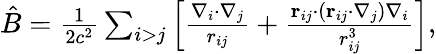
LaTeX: \begin{array}{r}{\hat{B}=\frac{1}{2c^{2}}\sum_{i>j}\left[\frac{\nabla_{i}\cdot\nabla_{j}}{r_{ij}}+\frac{\textbf{r}_{ij}\cdot(\textbf{r}_{ij}\cdot\nabla_{j})\nabla_{i}}{r_{ij}^{3}}\right],}\end{array}